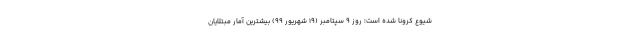
شیوع کرونا شده است؛ روز ۹ سپتامبر (۱۹ شهریور ۹۹) بیشترین آمار مبتلایان